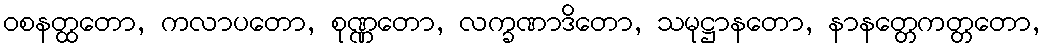
ဝစနတ္ထတော, ကလာပတော, စုဏ္ဏတော, လက္ခဏာဒိတော, သမုဋ္ဌာနတော, နာနတ္တေကတ္တတော,